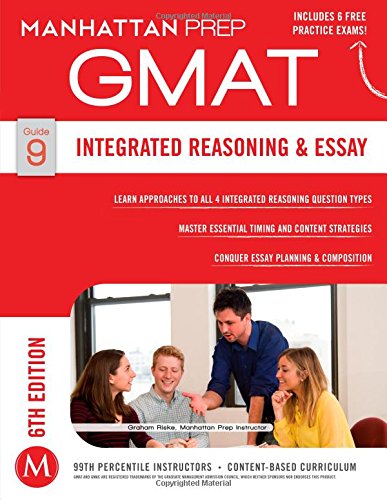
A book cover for GMAT Integrated Reasoning and Essay (Manhattan Prep GMAT Strategy Guides); Manhattan Prep; Test Preparation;